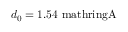
d _ { 0 } = 1 . 5 4 \mathrm { \ m a t h r i n g { A } }